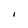
Character: l